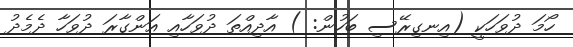
ހޯމަ ދުވަހަކީ (އިނގިރޭސި ބަހުން: ) އާދިއްތަ ދުވަހާއި އަންގާރަ ދުވަހާ ދެމެދު